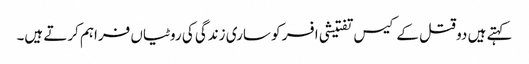
کہتے ہیں دو قتل کے کیس تفتیشی افسر کو ساری زندگی کی روٹیاں فراہم کرتے ہیں۔